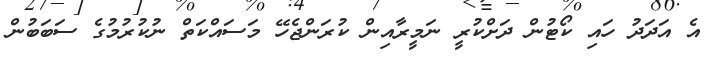
އެ އަދަދު ހައި ކޯޓުން ދަށްކުރީ ނަމީރާއިން ކުރަންޖެހޭ މަސައްކަތް ނުކުރުމުގެ ސަބަބުން